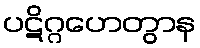
ပဋိဂ္ဂဟေတွာန